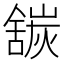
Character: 𬜍